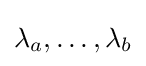
\lambda _{a},\dots ,\lambda _{b}